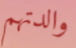
والدتهم